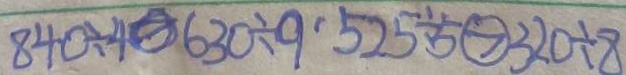
8 4 0 \div 4 \textcircled { > } 6 3 0 \div 9 . 5 2 5 \div 5 \textcircled { > } 3 2 0 \div 8